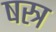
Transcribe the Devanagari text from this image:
षस्त्र